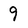
Character: 9